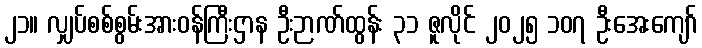
၂၁။ လျှပ်စစ်စွမ်းအားဝန်ကြီးဌာန ဦးဉာဏ်ထွန်း ၃၁ ဇူလိုင် ၂၀၂၅ ၁၀၇ ဦးအေးကျော်